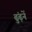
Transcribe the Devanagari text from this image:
ढुंढ़नें